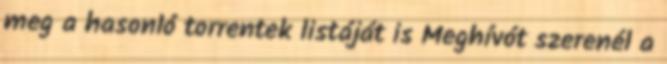
meg a hasonló torrentek listáját is Meghívót szerenél a